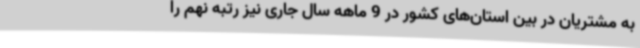
به مشتریان در بین استان‌های کشور در 9 ماهه سال جاری نیز رتبه نهم را